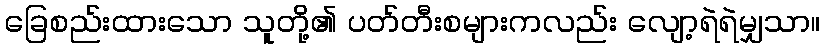
ခြေစည်းထားသော သူတို့၏ ပတ်တီးစများကလည်း လျော့ရဲရဲမျှသာ။